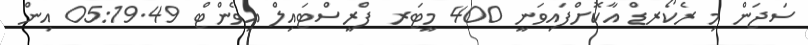
ސަޖަން މި ރެކޯރޑް އާކޮށްފައިވަނީ 400 މީޓަރ ފްރީސްޓައިލް އިވެންޓް 05:19.49 އިން